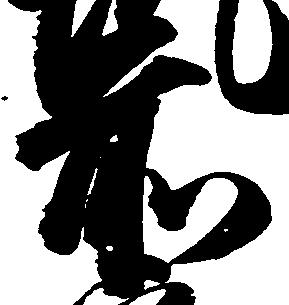
前